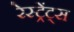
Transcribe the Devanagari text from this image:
रेस्ट्रेंट्स